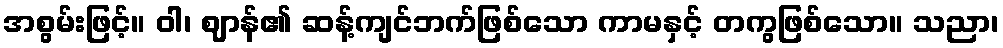
အစွမ်းဖြင့်။ ဝါ၊ ဈာန်၏ ဆန့်ကျင်ဘက်ဖြစ်သော ကာမနှင့် တကွဖြစ်သော။ သညာ၊